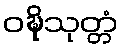
ဝဍ္ဎိသုတ္တံ